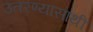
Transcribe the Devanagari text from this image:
उतरण्यासाथी